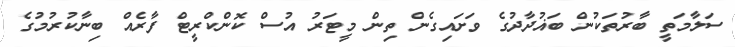
ސަލާމަތީ ބާރުތަކުން ބަޣުދާދުގެ ވަށައިގެން ތިން މީޓަރު އުސް ކޮންކްރީޓް ފާރެއް ބިނާކުރުމުގެ